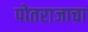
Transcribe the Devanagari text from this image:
पोतराजाचा